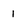
Character: 1